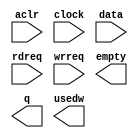
// megafunction wizard: %FIFO%VBB%
// GENERATION: STANDARD
// VERSION: WM1.0
// MODULE: scfifo 

// ============================================================
// Megafunction Name(s):
// 			scfifo
//
// Simulation Library Files(s):
// 			
// ============================================================
// ************************************************************
// THIS IS A WIZARD-GENERATED FILE. DO NOT EDIT THIS FILE!
//
// 17.1.0 Build 590 10/25/2017 SJ Standard Edition
// ************************************************************

//Copyright (C) 2017  Intel Corporation. All rights reserved.
//Your use of Intel Corporation's design tools, logic functions 
//and other software and tools, and its AMPP partner logic 
//functions, and any output files from any of the foregoing 
//(including device programming or simulation files), and any 
//associated documentation or information are expressly subject 
//to the terms and conditions of the Intel Program License 
//Subscription Agreement, the Intel Quartus Prime License Agreement,
//the Intel FPGA IP License Agreement, or other applicable license
//agreement, including, without limitation, that your use is for
//the sole purpose of programming logic devices manufactured by
//Intel and sold by Intel or its authorized distributors.  Please
//refer to the applicable agreement for further details.

module output_fifo (
	aclr,
	clock,
	data,
	rdreq,
	wrreq,
	empty,
	q,
	usedw);

	input	  aclr;
	input	  clock;
	input	[7:0]  data;
	input	  rdreq;
	input	  wrreq;
	output	  empty;
	output	[7:0]  q;
	output	[9:0]  usedw;

endmodule

// ============================================================
// CNX file retrieval info
// ============================================================
// Retrieval info: PRIVATE: AlmostEmpty NUMERIC "0"
// Retrieval info: PRIVATE: AlmostEmptyThr NUMERIC "-1"
// Retrieval info: PRIVATE: AlmostFull NUMERIC "0"
// Retrieval info: PRIVATE: AlmostFullThr NUMERIC "-1"
// Retrieval info: PRIVATE: CLOCKS_ARE_SYNCHRONIZED NUMERIC "1"
// Retrieval info: PRIVATE: Clock NUMERIC "0"
// Retrieval info: PRIVATE: Depth NUMERIC "1024"
// Retrieval info: PRIVATE: Empty NUMERIC "1"
// Retrieval info: PRIVATE: Full NUMERIC "0"
// Retrieval info: PRIVATE: INTENDED_DEVICE_FAMILY STRING "Cyclone V"
// Retrieval info: PRIVATE: LE_BasedFIFO NUMERIC "0"
// Retrieval info: PRIVATE: LegacyRREQ NUMERIC "1"
// Retrieval info: PRIVATE: MAX_DEPTH_BY_9 NUMERIC "0"
// Retrieval info: PRIVATE: OVERFLOW_CHECKING NUMERIC "0"
// Retrieval info: PRIVATE: Optimize NUMERIC "0"
// Retrieval info: PRIVATE: RAM_BLOCK_TYPE NUMERIC "0"
// Retrieval info: PRIVATE: SYNTH_WRAPPER_GEN_POSTFIX STRING "1"
// Retrieval info: PRIVATE: UNDERFLOW_CHECKING NUMERIC "0"
// Retrieval info: PRIVATE: UsedW NUMERIC "1"
// Retrieval info: PRIVATE: Width NUMERIC "8"
// Retrieval info: PRIVATE: dc_aclr NUMERIC "0"
// Retrieval info: PRIVATE: diff_widths NUMERIC "1"
// Retrieval info: PRIVATE: msb_usedw NUMERIC "0"
// Retrieval info: PRIVATE: output_width NUMERIC "8"
// Retrieval info: PRIVATE: rsEmpty NUMERIC "1"
// Retrieval info: PRIVATE: rsFull NUMERIC "0"
// Retrieval info: PRIVATE: rsUsedW NUMERIC "0"
// Retrieval info: PRIVATE: sc_aclr NUMERIC "1"
// Retrieval info: PRIVATE: sc_sclr NUMERIC "0"
// Retrieval info: PRIVATE: wsEmpty NUMERIC "0"
// Retrieval info: PRIVATE: wsFull NUMERIC "1"
// Retrieval info: PRIVATE: wsUsedW NUMERIC "0"
// Retrieval info: LIBRARY: altera_mf altera_mf.altera_mf_components.all
// Retrieval info: CONSTANT: ADD_RAM_OUTPUT_REGISTER STRING "OFF"
// Retrieval info: CONSTANT: INTENDED_DEVICE_FAMILY STRING "Cyclone V"
// Retrieval info: CONSTANT: LPM_NUMWORDS NUMERIC "1024"
// Retrieval info: CONSTANT: LPM_SHOWAHEAD STRING "OFF"
// Retrieval info: CONSTANT: LPM_TYPE STRING "scfifo"
// Retrieval info: CONSTANT: LPM_WIDTH NUMERIC "8"
// Retrieval info: CONSTANT: LPM_WIDTHU NUMERIC "10"
// Retrieval info: CONSTANT: OVERFLOW_CHECKING STRING "ON"
// Retrieval info: CONSTANT: UNDERFLOW_CHECKING STRING "ON"
// Retrieval info: CONSTANT: USE_EAB STRING "ON"
// Retrieval info: USED_PORT: aclr 0 0 0 0 INPUT NODEFVAL "aclr"
// Retrieval info: USED_PORT: clock 0 0 0 0 INPUT NODEFVAL "clock"
// Retrieval info: USED_PORT: data 0 0 8 0 INPUT NODEFVAL "data[7..0]"
// Retrieval info: USED_PORT: empty 0 0 0 0 OUTPUT NODEFVAL "empty"
// Retrieval info: USED_PORT: q 0 0 8 0 OUTPUT NODEFVAL "q[7..0]"
// Retrieval info: USED_PORT: rdreq 0 0 0 0 INPUT NODEFVAL "rdreq"
// Retrieval info: USED_PORT: usedw 0 0 10 0 OUTPUT NODEFVAL "usedw[9..0]"
// Retrieval info: USED_PORT: wrreq 0 0 0 0 INPUT NODEFVAL "wrreq"
// Retrieval info: CONNECT: @aclr 0 0 0 0 aclr 0 0 0 0
// Retrieval info: CONNECT: @clock 0 0 0 0 clock 0 0 0 0
// Retrieval info: CONNECT: @data 0 0 8 0 data 0 0 8 0
// Retrieval info: CONNECT: @rdreq 0 0 0 0 rdreq 0 0 0 0
// Retrieval info: CONNECT: @wrreq 0 0 0 0 wrreq 0 0 0 0
// Retrieval info: CONNECT: empty 0 0 0 0 @empty 0 0 0 0
// Retrieval info: CONNECT: q 0 0 8 0 @q 0 0 8 0
// Retrieval info: CONNECT: usedw 0 0 10 0 @usedw 0 0 10 0
// Retrieval info: GEN_FILE: TYPE_NORMAL output_fifo.v TRUE
// Retrieval info: GEN_FILE: TYPE_NORMAL output_fifo.inc FALSE
// Retrieval info: GEN_FILE: TYPE_NORMAL output_fifo.cmp FALSE
// Retrieval info: GEN_FILE: TYPE_NORMAL output_fifo.bsf FALSE
// Retrieval info: GEN_FILE: TYPE_NORMAL output_fifo_inst.v FALSE
// Retrieval info: GEN_FILE: TYPE_NORMAL output_fifo_bb.v TRUE
// Retrieval info: GEN_FILE: TYPE_NORMAL output_fifo_syn.v TRUE